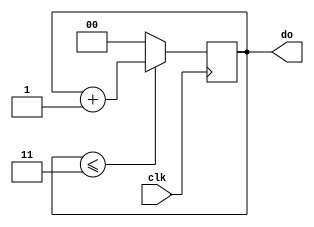
`timescale 1ns / 1ps
//////////////////////////////////////////////////////////////////////////////////
// Company: 
// Engineer: 
// 
// Design Name: 
// Module Name: cnt
// Project Name: 
// Target Devices: 
// Tool Versions: 
// Description: 
// 
// Dependencies: 
// 
// Revision:
// Revision 0.01 - File Created
// Additional Comments:
// 
//////////////////////////////////////////////////////////////////////////////////


module cnt(clk,do);
input clk;
output reg [1:0] do;
always@(posedge clk)
begin
    if(do<=2'b11)
        do<=do+1;
    else
        do<=2'b00;
end
endmodule

/*module tb_cnt;
reg clkt;
wire [1:0] dot;
cnt cnt_inst(clkt,dot);
initial 
begin
#0 clkt=1'b0;
forever #5 clkt=~clkt;
end

initial
begin
#50 $finish;
end
endmodule
*/